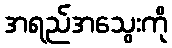
အရည်အသွေးကို